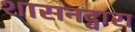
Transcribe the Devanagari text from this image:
शासनद्वारा